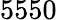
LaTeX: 5550